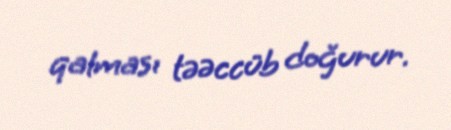
qalması təəccüb doğurur.